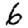
Digit: 6